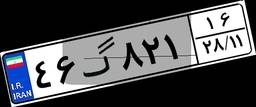
۴۶گ۸۲۱۱۶